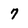
Character: 7